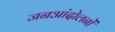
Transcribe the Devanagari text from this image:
जनआंदोलनों